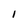
Character: l